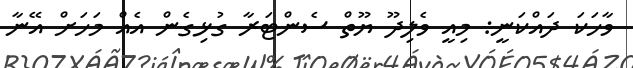
ވާހަކަ ދައްކަނީ: މިއީ ވެލިދޫ ޔޫތް ސެންޓަރާ ގުޅިގެން އެއް މަހަށް އޭނާ